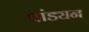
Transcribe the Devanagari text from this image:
पांड्यन